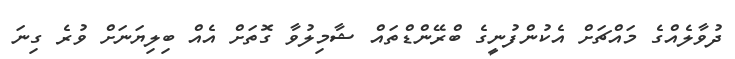
ދުވާލެއްގެ މައްޗަށް އެކުންފުނީގެ ބްރޭންޑްތައް ޝާމިލުވާ ގޮތަށް އެއް ބިލިޔަނަށް ވުރެ ގިނަ